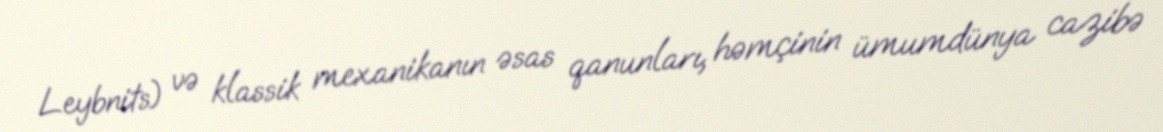
Leybnits) və klassik mexanikanın əsas qanunları, həmçinin ümumdünya cazibə